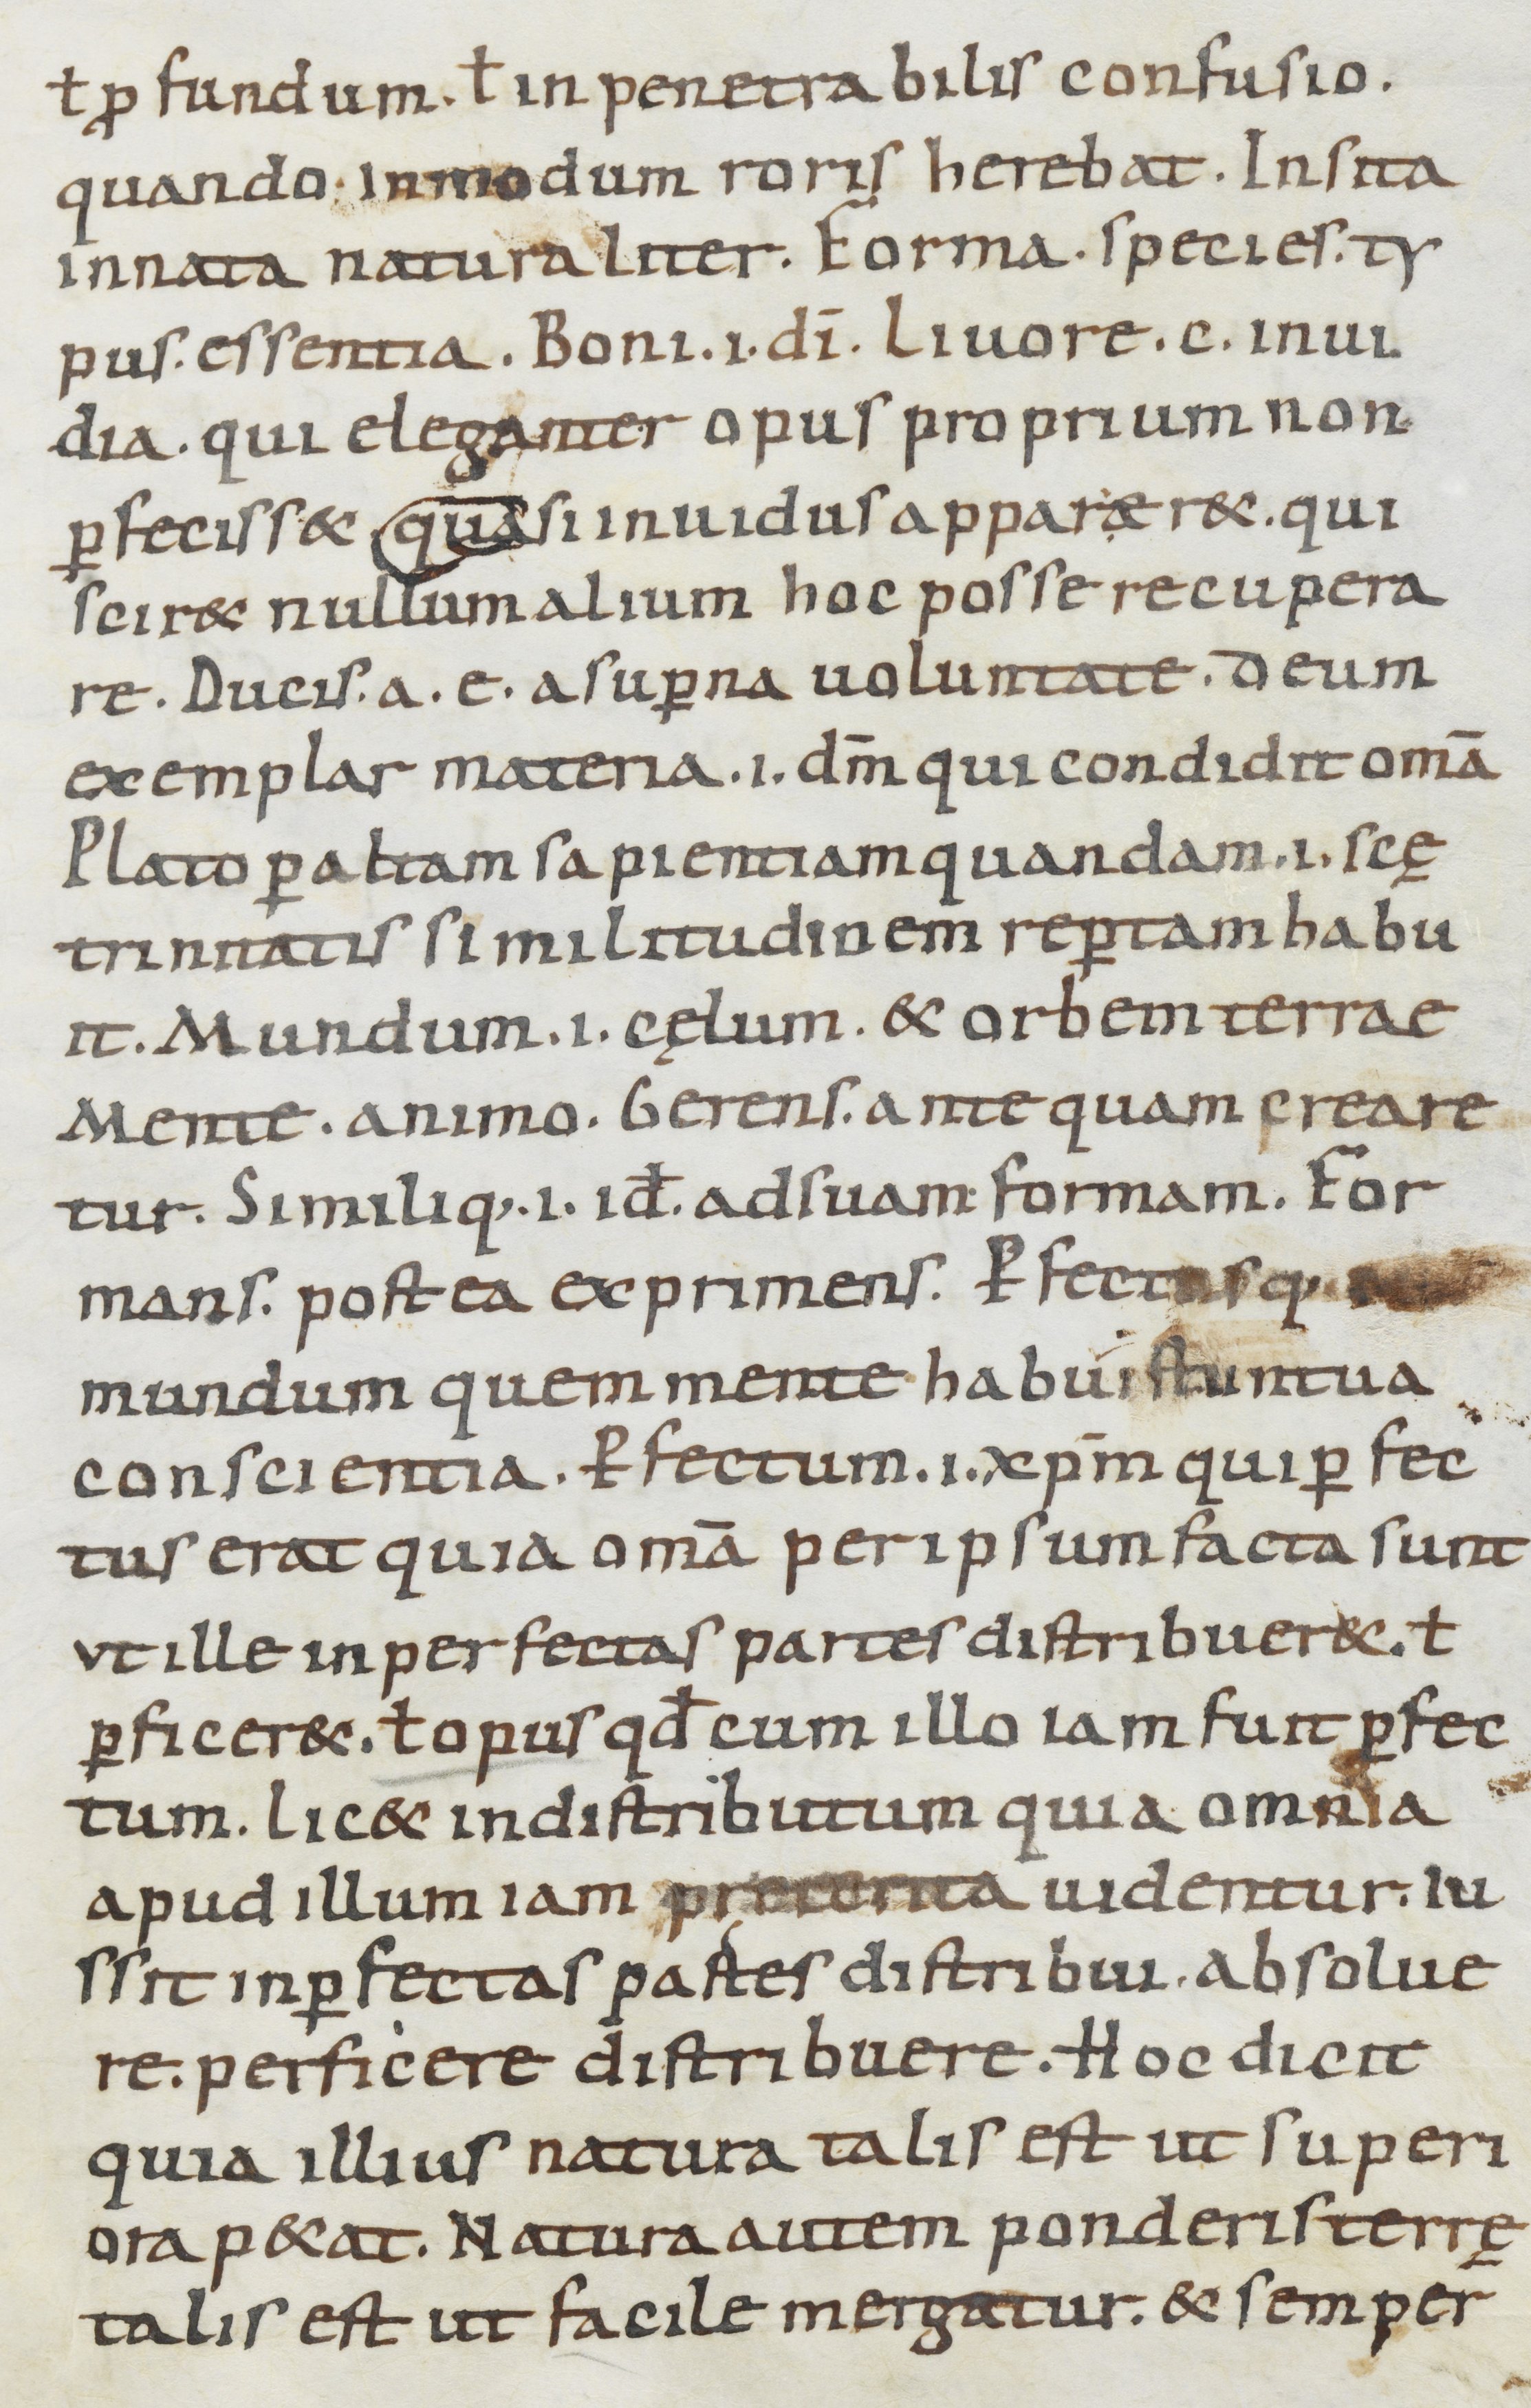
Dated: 900–999